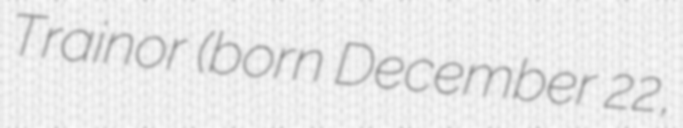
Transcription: Trainor (born December 22,